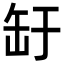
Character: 䍂